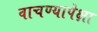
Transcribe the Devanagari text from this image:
वाचण्यापेक्षा